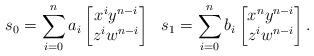
LaTeX: \begin{align*} s_0 = \sum_{i=0}^n a_i \begin{bmatrix}x^iy^{n-i} \\ z^iw^{n-i} \end{bmatrix} ~ ~ s_1 & = \sum_{i=0}^n b_i \begin{bmatrix}x^ny^{n-i} \\ z^iw^{n-i} \end{bmatrix}.\end{align*}